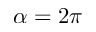
\alpha = 2 \pi